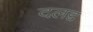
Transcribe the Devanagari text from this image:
दलद्द